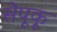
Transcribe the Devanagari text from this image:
सेपूकू